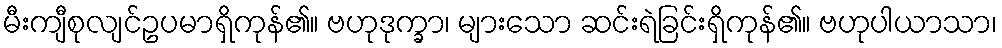
မီးကျီစုလျင်ဥပမာရှိကုန်၏။ ဗဟုဒုက္ခာ၊ များသော ဆင်းရဲခြင်းရှိကုန်၏။ ဗဟုပါယာသာ၊